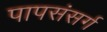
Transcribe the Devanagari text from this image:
पापसंसर्ग